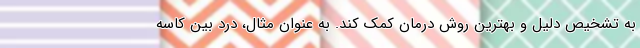
به تشخیص دلیل و بهترین روش درمان کمک کند. به عنوان مثال، درد بین کاسه